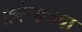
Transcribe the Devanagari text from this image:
फ्रांन्सच्या